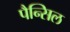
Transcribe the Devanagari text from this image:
पैन्सिल